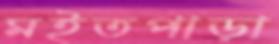
মইতপাড়া